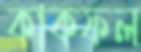
কাকফল